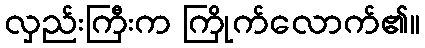
လှည်းကြီးက ကြိုက်လောက်၏။